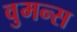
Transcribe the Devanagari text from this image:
वुमन्स